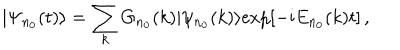
| \Psi _ { n _ { 0 } } ( t ) \rangle = \sum _ { k } G _ { n _ { 0 } } ( k ) | \psi _ { n _ { 0 } } ( k ) \rangle \mathrm { e x p } [ - \mathrm { i } E _ { n _ { 0 } } ( k ) t ] \, ,